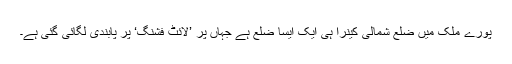
پورے ملک میں ضلع شمالی کینرا ہی ایک ایسا ضلع ہے جہاں پر ’لائٹ فشنگ‘ پر پابندی لگائی گئی ہے۔